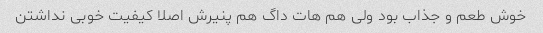
خوش طعم و جذاب بود ولی هم هات داگ هم پنیرش اصلا کیفیت خوبی نداشتن